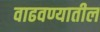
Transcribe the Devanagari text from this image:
वाढवण्यातील